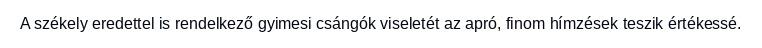
A székely eredettel is rendelkező gyimesi csángók viseletét az apró, finom hímzések teszik értékessé.